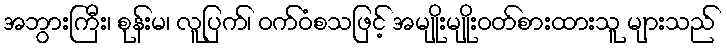
အဘွားကြီး၊ စုန်းမ၊ လူပြက်၊ ဝက်ဝံစသဖြင့် အမျိုးမျိုးဝတ်စားထားသူ များသည်